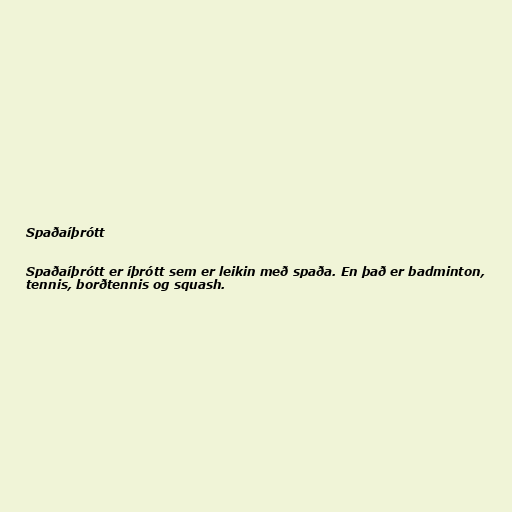
Spaðaíþrótt

Spaðaíþrótt er íþrótt sem er leikin með spaða. En það er badminton,
tennis, borðtennis og squash.